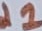
Text: d1